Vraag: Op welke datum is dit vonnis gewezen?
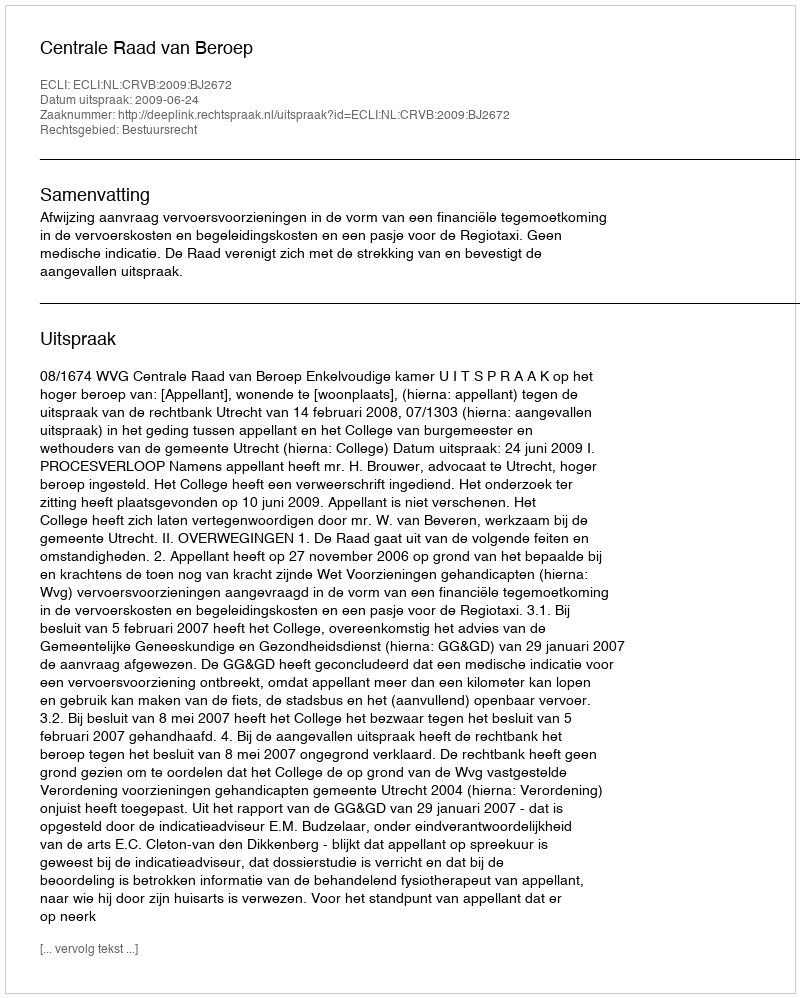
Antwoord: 2009-06-24